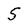
Character: S